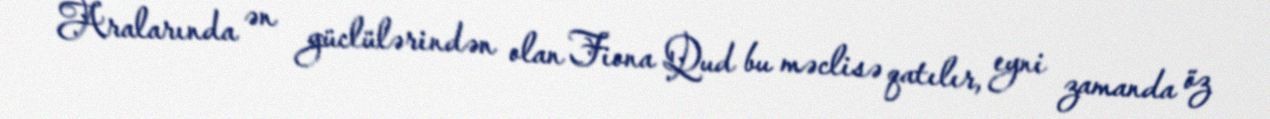
Aralarında ən güclülərindən olan Fiona Qud bu məclisə qatılır, eyni zamanda öz